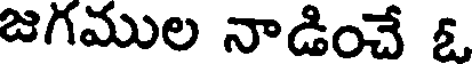
జగముల నాడించే ఓ